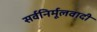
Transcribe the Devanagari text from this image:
सर्वनिर्मूलवादी